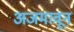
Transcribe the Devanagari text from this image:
अजमावून